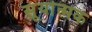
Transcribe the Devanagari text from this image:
सूर्यात्मक